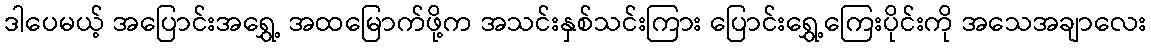
ဒါပေမယ့် အပြောင်းအရွှေ့ အထမြောက်ဖို့က အသင်းနှစ်သင်းကြား ပြောင်းရွှေ့ကြေးပိုင်းကို အသေအချာလေး